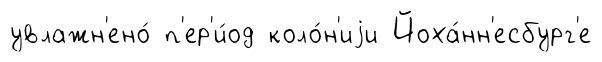
увлажн'ено́ п'ер'и́од коло́н'иjи Йоха́нн'есбург'е